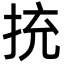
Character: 㧤